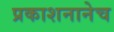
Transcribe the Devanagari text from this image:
प्रकाशनानेच